Note on the mental hospitals in Burma - 1925-1940
Year: 1925
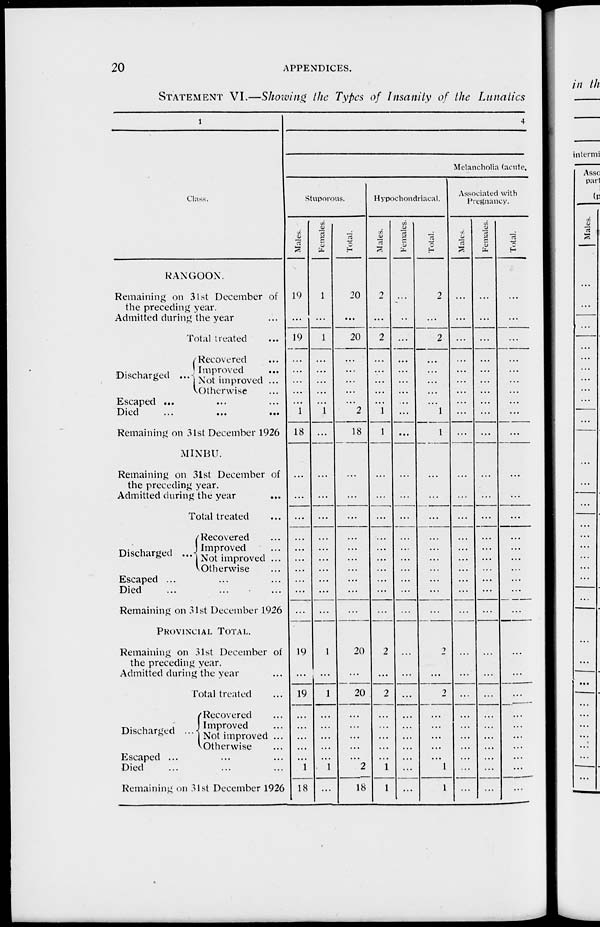
20
APPENDICES.
STATEMENT VI.—Showing the Types of Insanity of the Lunatics
1
Class.
RANGOON.
Remaining on 31st December of
the preceding year.
Admitted during the year ...
Total treated ...
Discharged ...
Recovered ...
Improved ...
Not improved ...
Otherwise ...
Escaped ... ... ...
Died
...
...
...
Remaining on 31st December 1926
MINBU.
Remaining on 31st December of
the preceding year.
Admitted during the year
Total treated ...
Discharged ...
Recovered ...
Improved ...
Not improved ...
Otherwise ...
Escaped ... ... ...
Died ... ... ...
Remaining on 31st December 1926
PROVINCIAL TOTAL.
Remaining on 31st December of
the preceding year.
Admitted during the year ...
Total treated ...
Discharged ...
Recovered ...
Improved ...
Not improved ...
Otherwise
Escaped ... ... ...
Died ... ... ...
Remaining on 31st December 1926
4
Melancholia (acute,
Stuporous.
Males.
19
...
19
...
...
...
...
...
1
18
...
...
...
...
...
...
...
...
...
...
...
19
...
19
...
...
...
...
...
1
18
Females.
1
...
1
...
...
...
...
...
1
...
...
...
...
...
...
...
...
...
...
...
...
1
...
1
...
...
...
...
...
1
...
Total.
20
...
20
...
...
...
...
...
2
18
...
...
...
...
...
...
...
...
...
...
...
20
...
20
...
...
...
...
...
2
18
Hypochondriacal.
Males.
2
...
2
...
...
...
...
...
1
1
...
...
...
...
...
...
...
...
...
...
...
2
...
2
...
...
...
...
...
1
1
Females.
...
...
...
...
...
...
...
...
...
...
...
...
...
...
...
...
...
...
...
...
...
...
...
...
...
...
...
...
...
...
...
Total.
2
...
2
...
...
...
...
...
1
1
...
...
...
...
...
...
...
...
...
...
...
2
...
2
...
...
...
...
...
1
1
Associated with
Pregnancy.
Males.
...
...
...
...
...
...
...
...
...
...
...
...
...
...
...
...
...
...
...
...
...
...
...
...
...
...
...
...
...
...
...
Females.
...
...
...
...
...
...
...
...
...
...
...
...
...
...
...
...
...
...
...
...
...
...
...
...
...
...
...
...
...
...
...
Total.
...
...
...
...
...
...
...
...
...
...
...
...
...
...
... ...
...
...
...
...
...
...
...
...
...
...
...
...
...
...
...